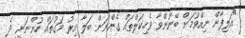
"އަލިފާން ނިއްވުމަށް ބޭނުންވާ ވެހިކަލްތައް ގެންނަން ބަލާ އިރު މަގުތައް ހުންނަނީ ދެ